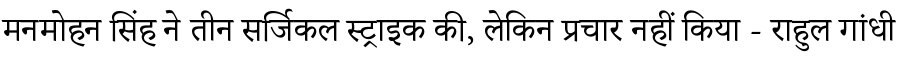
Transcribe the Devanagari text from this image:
मनमोहन सिंह ने तीन सर्जिकल स्ट्राइक की, लेकिन प्रचार नहीं किया - राहुल गांधी